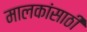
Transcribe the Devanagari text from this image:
मालकांसाठी